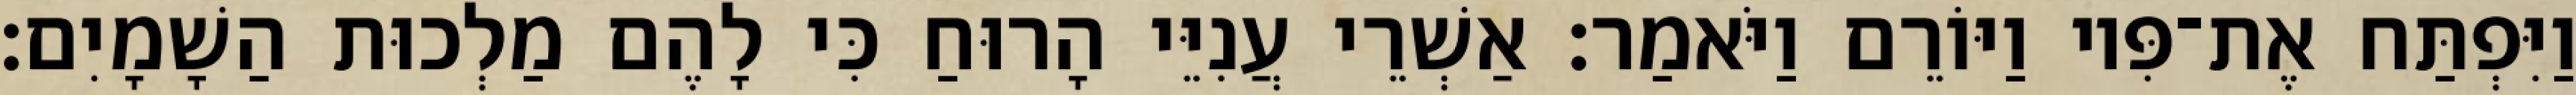
וַיִּפְתַּח אֶת־פִּיו וַיּוֹרֵם וַיֹּאמַר׃ אַשְׁרֵי עֲנִיֵּי הָרוּחַ כִּי לָהֶם מַלְכוּת הַשָׁמָיִם׃